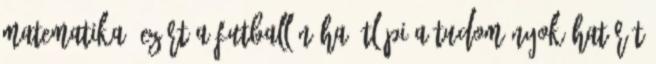
matematika, ezért a futball néha átlépi a tudományok határát